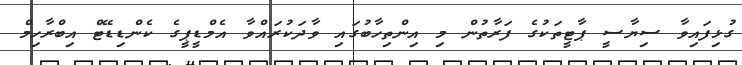
ގުޅިފައިވާ ސިޔާސީ ޕާޓީތަކުގެ ފަރާތުން މި އިންތިހާބުގައި ވާދަކުރައްވާ އެމްޑީޕީގެ ކެންޑިޑޭޓް އިބްރާހިމް